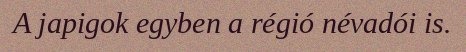
A japigok egyben a régió névadói is.